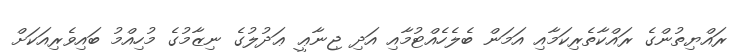
ރައްޔިތުންގެ ރައްކާތެރިކަމާއި އަމަން ބެލެހެއްޓުމާއި އަދި ޖިނާޢީ ޢަދުލުގެ ނިޒާމުގެ މުހިއްމު ބައިވެރިއަކަށް